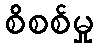
စိစစ်မှု